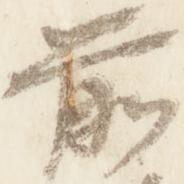
前